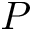
P